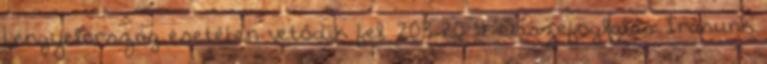
Lengyelország esetében vetődik fel. 203 20 4. Összefoglalás Írásunk